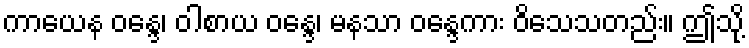
ကာယေန ဝန္ဒေ၊ ဝါစာယ ဝန္ဒေ၊ မနသာ ဝန္ဒေကား ဝိသေသတည်း။ ဤသို့